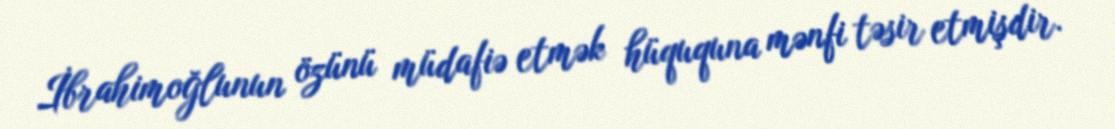
İbrahimoğlunun özünü müdafiə etmək hüququna mənfi təsir etmişdir.